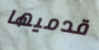
قدميها